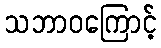
သဘာဝကြောင့်